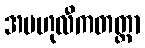
အဗဟုလီကတတ္တာ